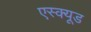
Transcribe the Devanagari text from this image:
एस्क्यूड